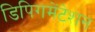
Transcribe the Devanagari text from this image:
डिपिगमेंटेशन